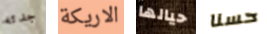
جدته الاريكة حيالها حسنا